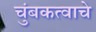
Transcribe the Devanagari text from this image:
चुंबकत्वाचे